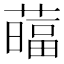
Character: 䕎